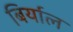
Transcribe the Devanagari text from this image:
बिर्याल